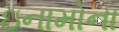
ઇનામોના